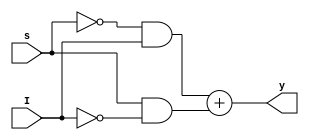
module mux2X1(I,s,y);
input I;
input s;
output y;
assign y=(~s&I)+(s&~I);
endmodule